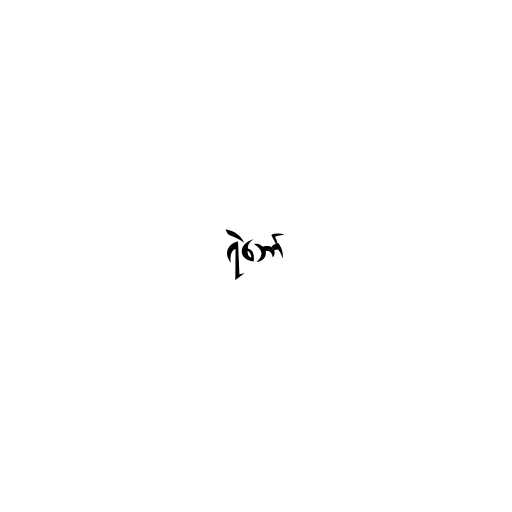
ရဲဘော်